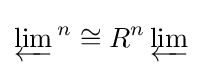
\varprojlim {}^{n}\cong R^{n}\varprojlim